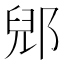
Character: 郳